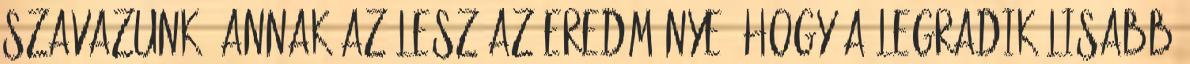
szavazunk, annak az lesz az eredménye, hogy a legradikálisabb